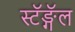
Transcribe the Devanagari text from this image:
स्टॅङ्गॅल